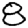
Digit: 8